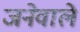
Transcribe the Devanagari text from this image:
जनेवाले